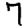
Digit: 7